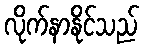
လိုက်နာနိုင်သည်